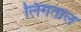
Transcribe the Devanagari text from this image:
लिंगताल